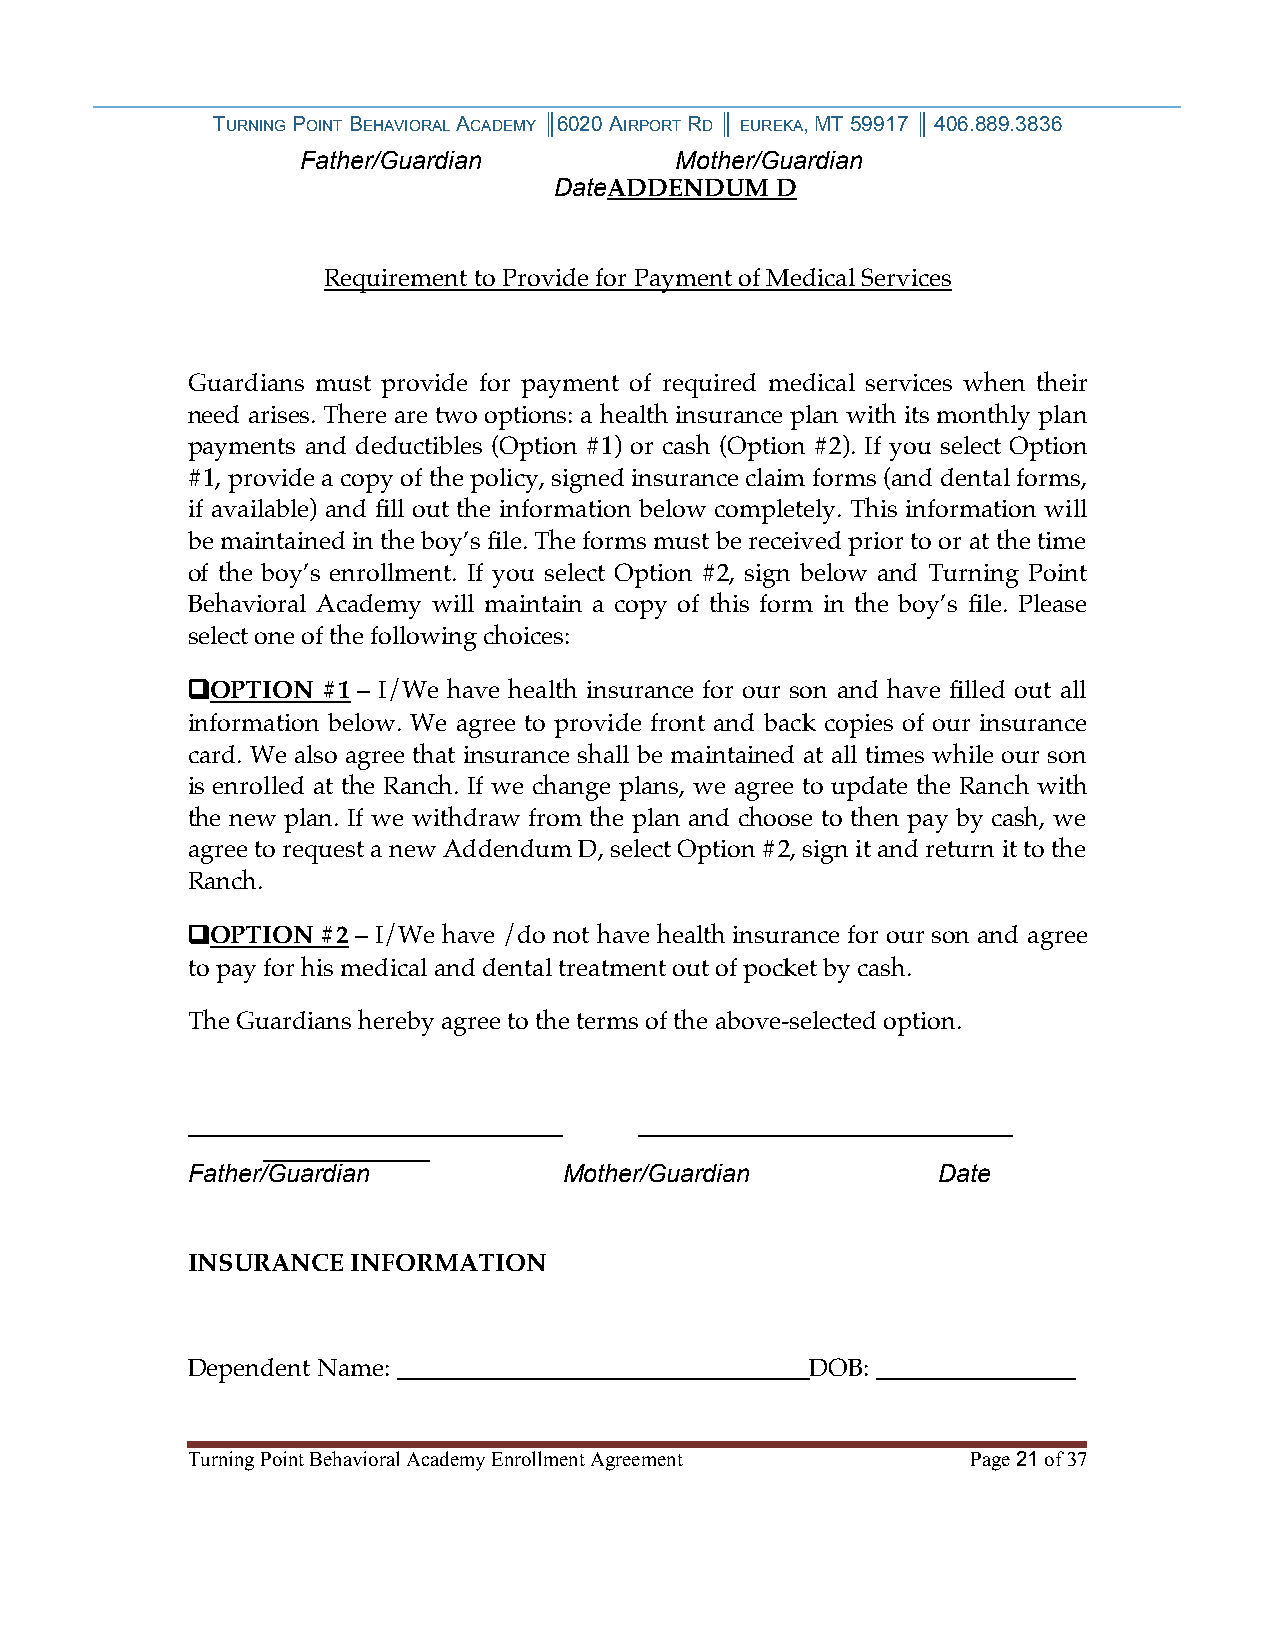
TURNING POINT BEHAVIORAL ACADEMY ║6020 AIRPORT RD ║ EUREKA, MT 59917 ║ 406.889.3836
 Father/Guardian          Mother/Guardian
 DateADDENDUM  D
 Requirement to Provide for Payment of Medical Services
 Guardians must provide for payment of required medical services when their
 need arises. There are two options: a health insurance plan with its monthly plan
 payments and deductibles (Option #1) or cash (Option #2). If you select Option
 #1, provide a copy of the policy, signed insurance claim forms (and dental forms,
 if available) and fill out the information below completely. This information will
 be maintained in the boy’s file. The forms must be received prior to or at the time
 of the boy’s enrollment. If you select Option #2, sign below and Turning Point
 Behavioral Academy will maintain a copy of this form in the boy’s file. Please
 select one of the following choices:
 ❑OPTION  #1 – I/We have health insurance for our son and have filled out all
 information below. We agree to provide front and back copies of our insurance
 card. We also agree that insurance shall be maintained at all times while our son
 is enrolled at the Ranch. If we change plans, we agree to update the Ranch with
 the new plan. If we withdraw from the plan and choose to then pay by cash, we
 agree to request a new Addendum D, select Option #2, sign it and return it to the
 Ranch.
 ❑OPTION  #2 – I/We have /do not have health insurance for our son and agree
 to pay for his medical and dental treatment out of pocket by cash.
 The Guardians hereby agree to the terms of the above-selected option.
 ___________________________   ___________________________
 ____________
 Father/Guardian          Mother/Guardian          Date
 INSURANCE  INFORMATION
 Dependent Name: _________________________________DOB: ________________
 Turning Point Behavioral Academy Enrollment Agreement Page 21 of 37